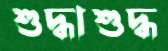
শুদ্ধাশুদ্ধ